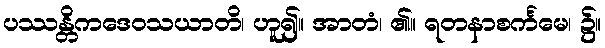
ပဿန္တိကဒေဝသယာတိ၊ ဟူ၍။ အာတံ၊ ၏။ ရတနာစင်္ကမေ၊ ၌။